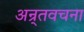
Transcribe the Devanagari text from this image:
अन्र्तवचना